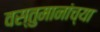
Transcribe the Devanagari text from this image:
वस्तुमानांच्या